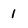
Character: 1